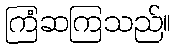
ကြံဆကြသည်။